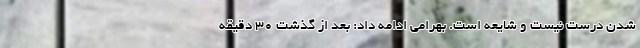
شدن درست نیست و شایعه است. بهرامی ادامه داد: بعد از گذشت ۳۰ دقیقه